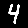
Digit: 4